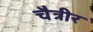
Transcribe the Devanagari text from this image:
चैत्रीर